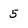
Character: 5